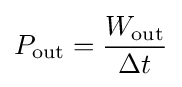
P_{\text{out}}={\frac {W_{\text{out}}}{\Delta t}}